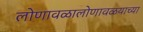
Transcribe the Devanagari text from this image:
लोणावळालोणावळयाच्या